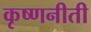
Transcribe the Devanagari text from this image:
कृष्णनीती